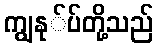
ကျွနု်ပ်တို့သည်